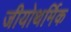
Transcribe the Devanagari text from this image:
जीयोथर्मिक